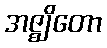
အဇ္ဈိတော